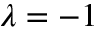
\lambda = - 1